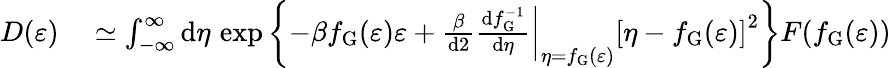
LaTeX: \begin{array}{rl}{D(\varepsilon)}&{{}\simeq\int_{-\infty}^{\infty}\mathrm{d}\eta\, \exp\left\lbrace-\beta f_{\mathrm{G}}(\varepsilon)\varepsilon+\frac{\beta}{\mathrm{d}2}\left.\frac{\mathrm{d}f_{\mathrm{G}}^{-1}}{\mathrm{d}\eta}\right|_{\eta=f_{\mathrm{G}}(\varepsilon)}\left[\eta-f_{\mathrm{G}}(\varepsilon)\right]^{2}\right\rbrace F(f_{\mathrm{G}}(\varepsilon))}\end{array}